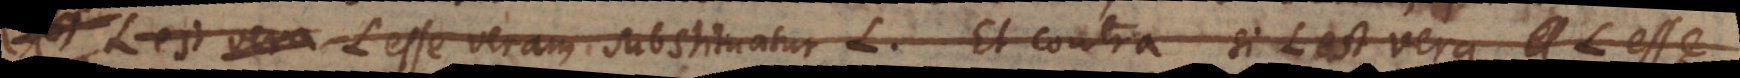
L esse veram substituatur L. Et contra si L est vera, L esse